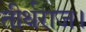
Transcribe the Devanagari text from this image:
तीर्थराज।